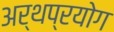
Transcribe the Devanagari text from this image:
अर्थप्रयोग